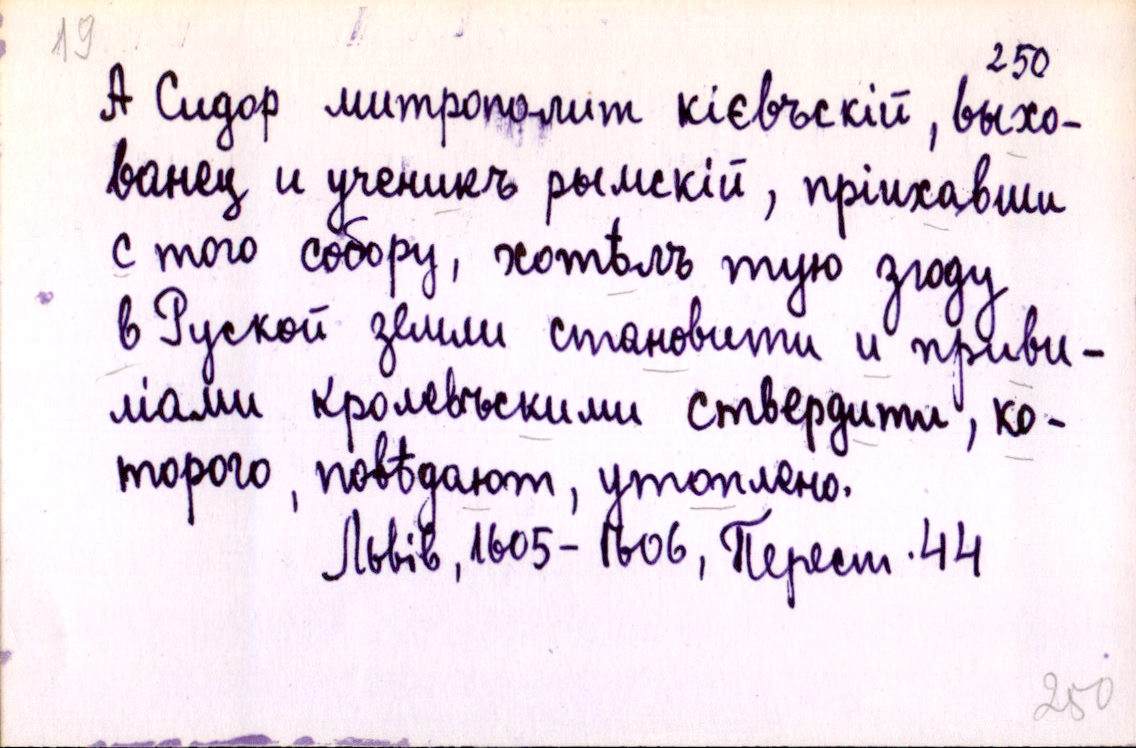
А Сидор митрополит кієвъскій, выхо-
ванец и ученикъ рымскій, пріихавши
с того собору, хотѣлъ тую згоду
в Руской земли становити и приви-
ліами кролевъскими ствердити, ко-
торого, повѣдают, утоплено.
Львів, 1605-1606, Перест. 44